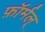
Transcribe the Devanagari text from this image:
फ़ॉर्मल्